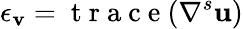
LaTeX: \epsilon_{\mathbf{v}}=\mathrm{{~t~r~a~c~e~}}(\nabla^{s}\textbf{{u}})